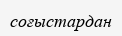
соғыстардан